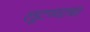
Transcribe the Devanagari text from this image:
लूटण्याचा